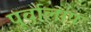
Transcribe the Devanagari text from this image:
पूर्वालाप